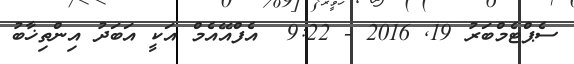
ސެޕްޓެމްބަރު 19